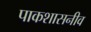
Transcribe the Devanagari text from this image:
पाकशासनीव